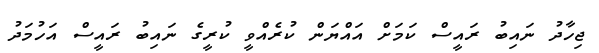
ޖިހާދު ނައިބު ރައީސް ކަމަށް އައްޔަން ކުރެއްވީ ކުރީގެ ނައިބު ރައީސް އަހުމަދު